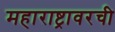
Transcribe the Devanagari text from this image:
महाराष्ट्रावरची